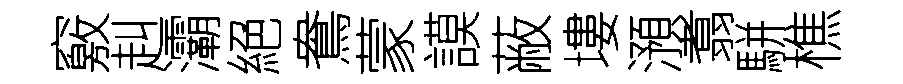
竅赳灞絕鴦蒙謨蔽塿澦翥駢樵